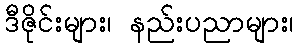
ဒီဇိုင်းများ၊ နည်းပညာများ၊